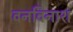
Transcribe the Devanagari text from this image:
वनविनाश